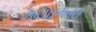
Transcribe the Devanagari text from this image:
सब्लाइमनेस